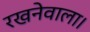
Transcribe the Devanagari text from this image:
रखनेवाला।